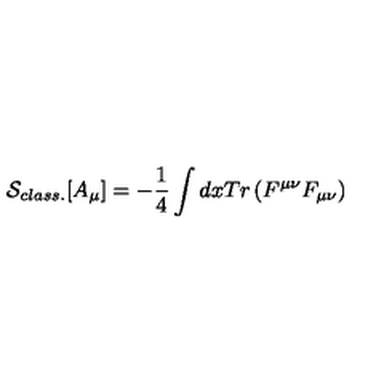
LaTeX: { \cal S } _ { c l a s s . } [ A _ { \mu } ] = - { \frac { 1 } { 4 } } \int d x T r \left( F ^ { \mu \nu } F _ { \mu \nu } \right)